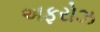
અફરોઝ